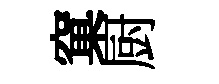
窠厨